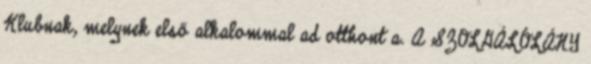
Klubnak, melynek első alkalommal ad otthont a. A SZOLGÁLÓLÁNY